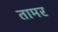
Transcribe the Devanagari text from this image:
तामर